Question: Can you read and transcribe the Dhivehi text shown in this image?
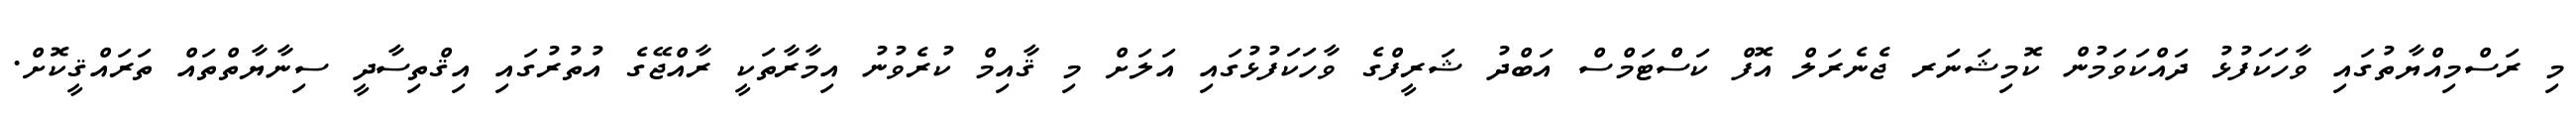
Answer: މި ރަސްމިއްޔާތުގައި ވާހަކަފުޅު ދައްކަވަމުން ކޮމިޝަނަރ ޖެނެރަލް އޮފް ކަސްޓަމްސް އަބްދު ޝަރީފްގެ ވާހަކަފުޅުގައި އަލަށް މި ޤާއިމް ކުރެވުނު އިމާރާތަކީ ރާއްޖޭގެ އުތުރުގައި އިޤްތިސާދީ ސިނާޔާތްތައް ތަރައްޤީކޮށް.